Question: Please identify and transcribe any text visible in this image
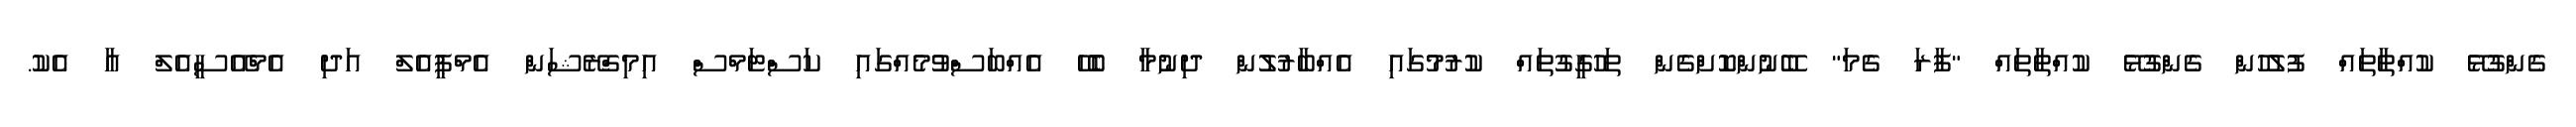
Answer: ގެންގުޅޭ ކުއްތާތައް ފުލުހުން ގެންގުޅޭ ކުއްތާތައް "ފާރަ ގެމަ" ބޭނުންކޮށްގެން ތަހުގީގުތައް ކުރުމުގައި އެއްބާރުލުން ދިނުމާ ބެހޭ އެއްބަސްވުމެއްގައި ކަސްޓަމްސް އިމިގްރޭޝަން އެމްޕީއެލް އަދި އެމްއޭސީއެލް އާ އެކު.